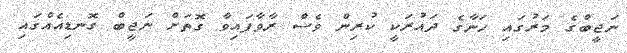
ނަޖީބްގެ މަރުގައި ހަނާގެ ދައުރަކީ ކުރިން ވެސް ރާވާފައިވާ ގޮތަށް ނަޖީބް ގޮނޑިއެއްގައި